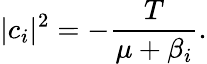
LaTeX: |c_{i}|^{2}=-\frac{T}{\mu+\beta_{i}}.